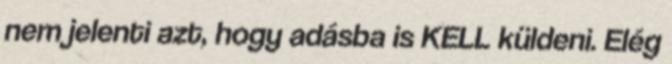
nem jelenti azt, hogy adásba is KELL küldeni. Elég